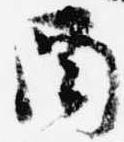
酉